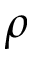
\rho